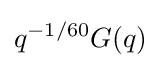
q^{-1/60}G(q)